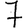
Digit: 7